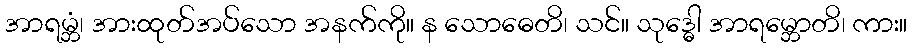
အာရမ္ဘံ၊ အားထုတ်အပ်သော အနက်ကို။ န သောဓေတိ၊ သင်။ သုဒ္ဓေါ အာရမ္ဘောတိ၊ ကား။